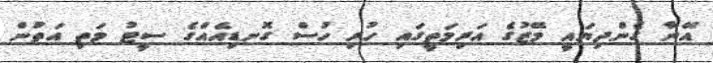
އޭނާ ގެންދިޔައީ މޭޒުގެ އަރިމަތީގައި ހުރި ހުސް ގޮނޑިއެއްގެ ސީޓު މަތި އަތުން